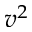
v ^ { 2 }